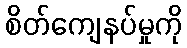
စိတ်ကျေနပ်မှုကို